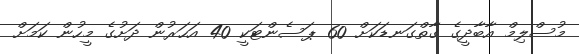
މުސްލިމް އާބާދީގެ ގާތްގަނޑަކަށް 60 ޕަސެންޓަކީ 40 އަހަރުން ދަށުގެ މީހުން ކަމަށް